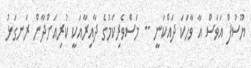
ޔޫސުފް އަވަސް އާ ވާހަކަ ދައްކަނީ -- މަސްވެރިކަމުގެ ދާއިރާއަކީ ކުރިއަށްދާން ރަނގަޅު